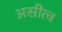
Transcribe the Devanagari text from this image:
असीत्व